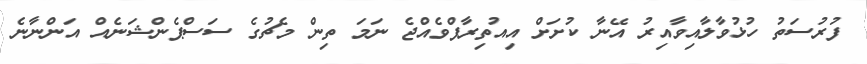
ފުރުސަތު ހުޅުވާލާއިވާއިރު އޭނާ ކުށަށް އިއުތިރާފްވެއްޖެ ނަމަ ތިން މެޗުގެ ސަސްޕެންޝަނެއް އަންނާނެ